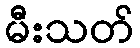
မီးသတ်